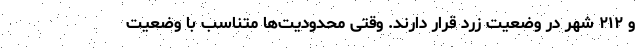
و ۲۱۲ شهر در وضعیت زرد قرار دارند. وقتی محدودیت‌ها متناسب با وضعیت